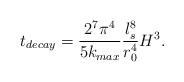
LaTeX: \begin{align*}t_{decay}=\frac{2^7 \pi^4}{5k_{max}}\frac{l_s^8}{r_0^4}H^3.\end{align*}